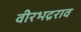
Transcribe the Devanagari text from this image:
वीरभद्रराव